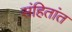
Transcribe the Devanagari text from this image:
संहितांत